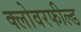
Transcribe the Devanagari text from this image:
क्लोवरफील्ड